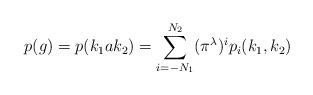
LaTeX: \begin{align*}p(g)=p(k_1ak_2)=\sum_{i=-N_1}^{N_2}(\pi^\lambda)^ip_i(k_1,k_2)\end{align*}